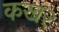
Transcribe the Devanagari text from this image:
कख२